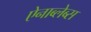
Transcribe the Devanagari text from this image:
ऐनाब्लेब्स